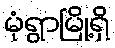
မုံရွာမြို့ရှိ